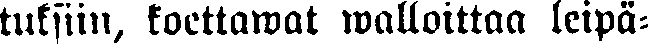
tuksiin, koettawat walloittaa leipä-